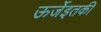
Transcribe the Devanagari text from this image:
ऊर्जेइतकी